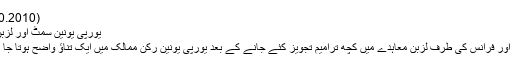
(28.10.2010)
یورپی یونین سمٹ اور لزبن ٹریٹی
جرمنی اور فرانس کی طرف لزبن معاہدے میں کچھ ترامیم تجویز کئے جانے کے بعد یورپی یونین رکن ممالک میں ایک تناؤ واضح ہوتا جا رہا ہے۔